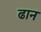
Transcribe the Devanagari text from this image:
ढान